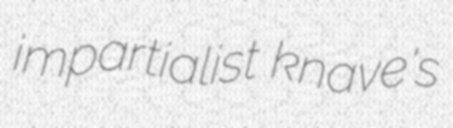
impartialist knave's